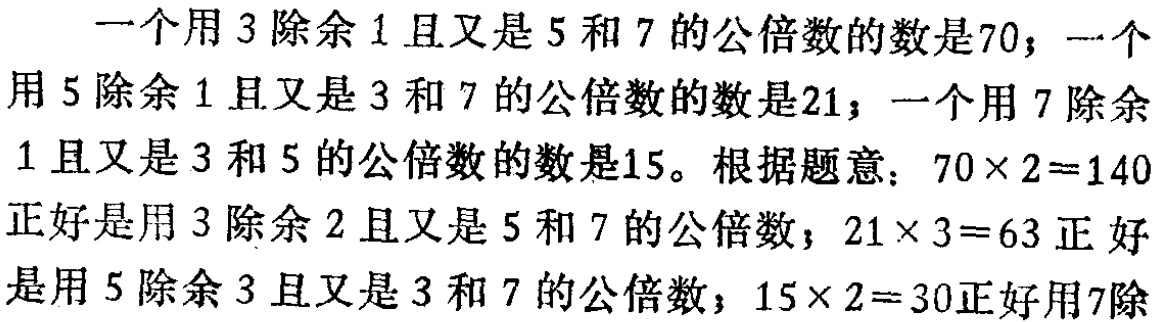
一个用$3$除余$1$且又是$5$和$7$的公倍数的数是$70$；一个用$5$除余$1$且又是$3$和$7$的公倍数的数是$21$；一个用$7$除余$1$且又是$3$和$5$的公倍数的数是$15$。根据题意：$70\times 2 = 140$正好是用$3$除余$2$且又是$5$和$7$的公倍数；$21\times 3 = 63$正好是用$5$除余$3$且又是$3$和$7$的公倍数；$15\times 2 = 30$正好用$7$除